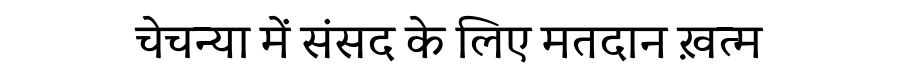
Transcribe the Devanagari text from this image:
चेचन्या में संसद के लिए मतदान ख़त्म